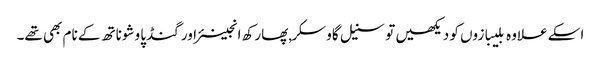
اسکے علاوہ بلیبازوں کو دیکھیں تو سنیل گاوسکر,پھارکھ انجینئر اور گنڈپا وشوناتھ کے نام بھی تھے۔